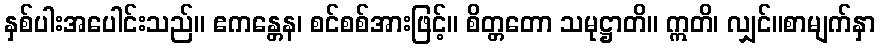
နှစ်ပါးအပေါင်းသည်။ ဧကန္တေန၊ စင်စစ်အားဖြင့်။ စိတ္တတော သမုဋ္ဌာတိ။ ဣတိ၊ လျှင်။စာမျက်နှာ